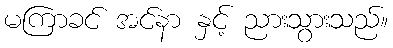
မကြာခင် အင်နာ နှင့် ညားသွားသည်။